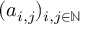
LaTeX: ( a _ { i , j } ) _ { i , j \in \mathbb { N } }